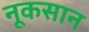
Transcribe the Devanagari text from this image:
नूकसान